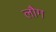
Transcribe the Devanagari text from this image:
लौग